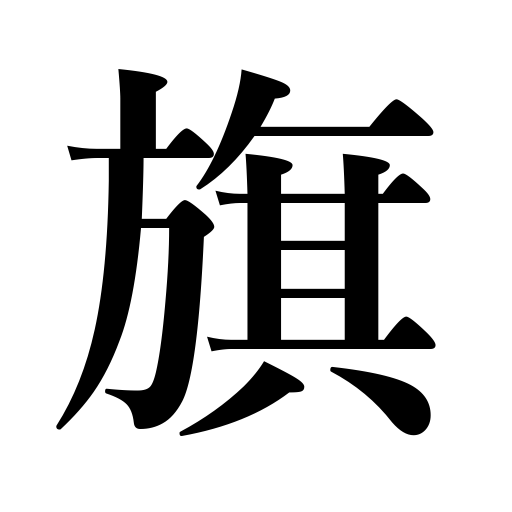
Meanings: flag,pennant,streamer,ensign,standard,banner